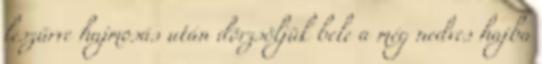
leszűrve hajmosás után dörzsöljük bele a még nedves hajba